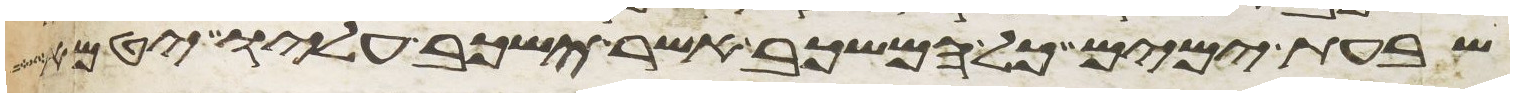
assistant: שבעת ימים וכל המשכב אשר ישכב עליו יטמא